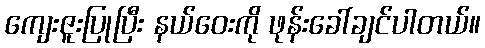
ကျေးဇူးပြုပြီး နယ်ဝေးကို ဖုန်းခေါ်ချင်ပါတယ်။